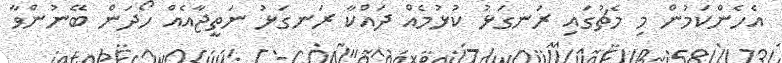
އެހެންކަމުން މި މެޗުގައި ރަނގަޅު ކުޅުމެއް ދައްކާ ރަނގަޅު ނަތީޖާއެއް ހޯދަން ބޭނުންވާ